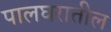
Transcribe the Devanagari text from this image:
पालघरातील